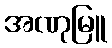
အဏုမြူ